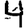
Digit: 4